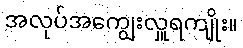
အလုပ်အကျွေးလှူရကျိုး။